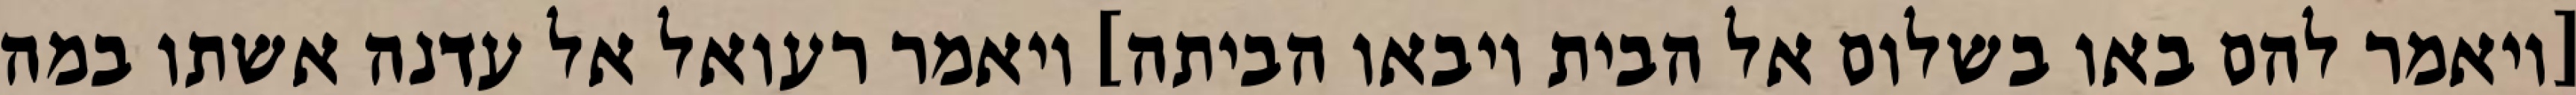
[ויאמר להם באו בשלום אל הבית ויבאו הביתה] ויאמר רעואל אל עדנה אשתו במה